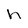
Character: n